Language: tamil
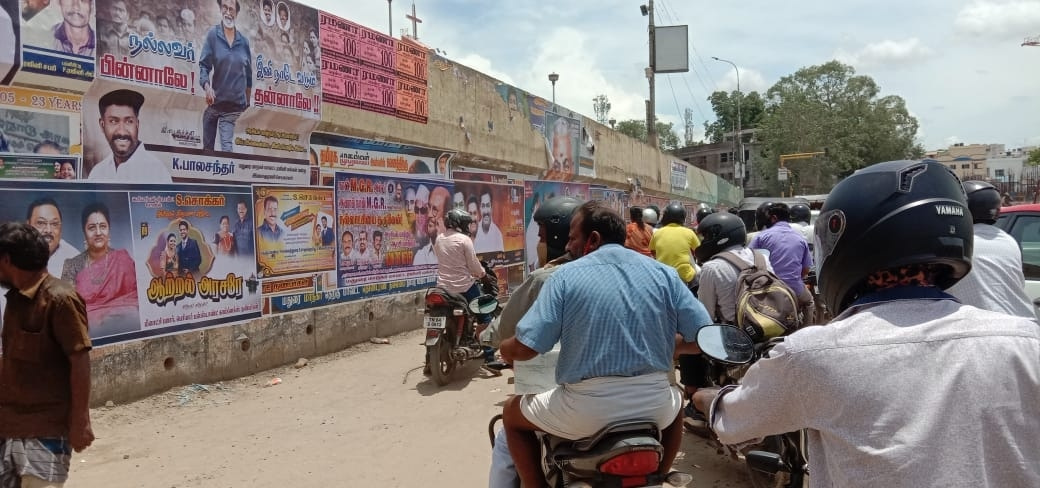
Transcription: நல்லவர் பின்னாலே தன்னாலே பாலசந்தா் ஆற்றல்